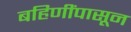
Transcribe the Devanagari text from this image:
बहिणींपासून